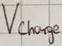
Text: Vcharge